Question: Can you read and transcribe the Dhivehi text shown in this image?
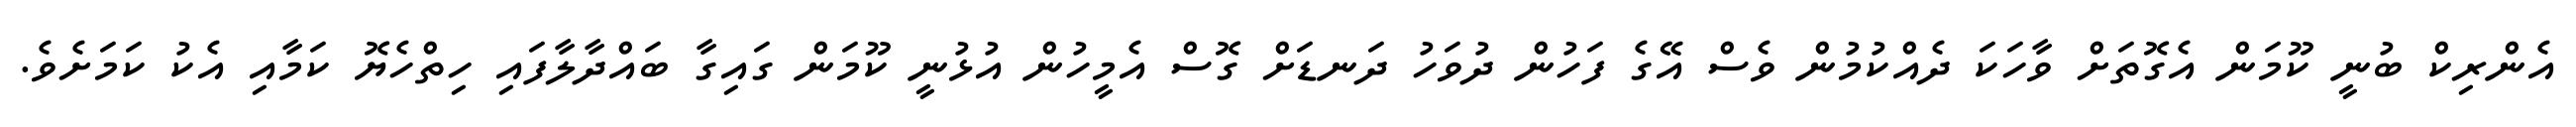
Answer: އެންރިކް ބުނީ ކޫމަން އެގޮތަށް ވާހަކަ ދެއްކުމުން ވެސް އޭގެ ފަހުން ދުވަހު ދަނޑަށް ގޮސް އެމީހުން އުޅުނީ ކޫމަން ގައިގާ ބައްދާލާފައި ހިތްހެޔޮ ކަމާއި އެކު ކަމަށެވެ.